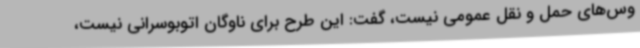
وس‌های حمل و نقل عمومی نیست، گفت: این طرح برای ناوگان اتوبوسرانی نیست،